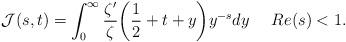
LaTeX: \begin{align*}\mathcal{J}(s,t)=\int_{0}^{\infty}\frac{\zeta'}{\zeta}\biggl(\frac{1}{2}+t+y\biggr)y^{-s}dy\,\,\,\,\,\,\,\, Re(s)<1.\end{align*}